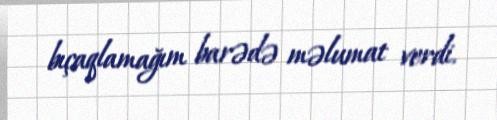
bıçaqlamağım barədə məlumat verdi.